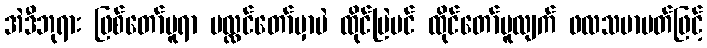
အဲဒီဘုရား ဖြစ်တော်မူရာ ပလ္လင်တော်မှာပဲ ထိုင်မြဲပင် ထိုင်တော်မူလျက် ဖလသမာပတ်ဖြင့်